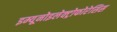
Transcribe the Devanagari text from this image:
इम्यूनोइलेक्ट्रोफोरेसिस